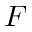
F